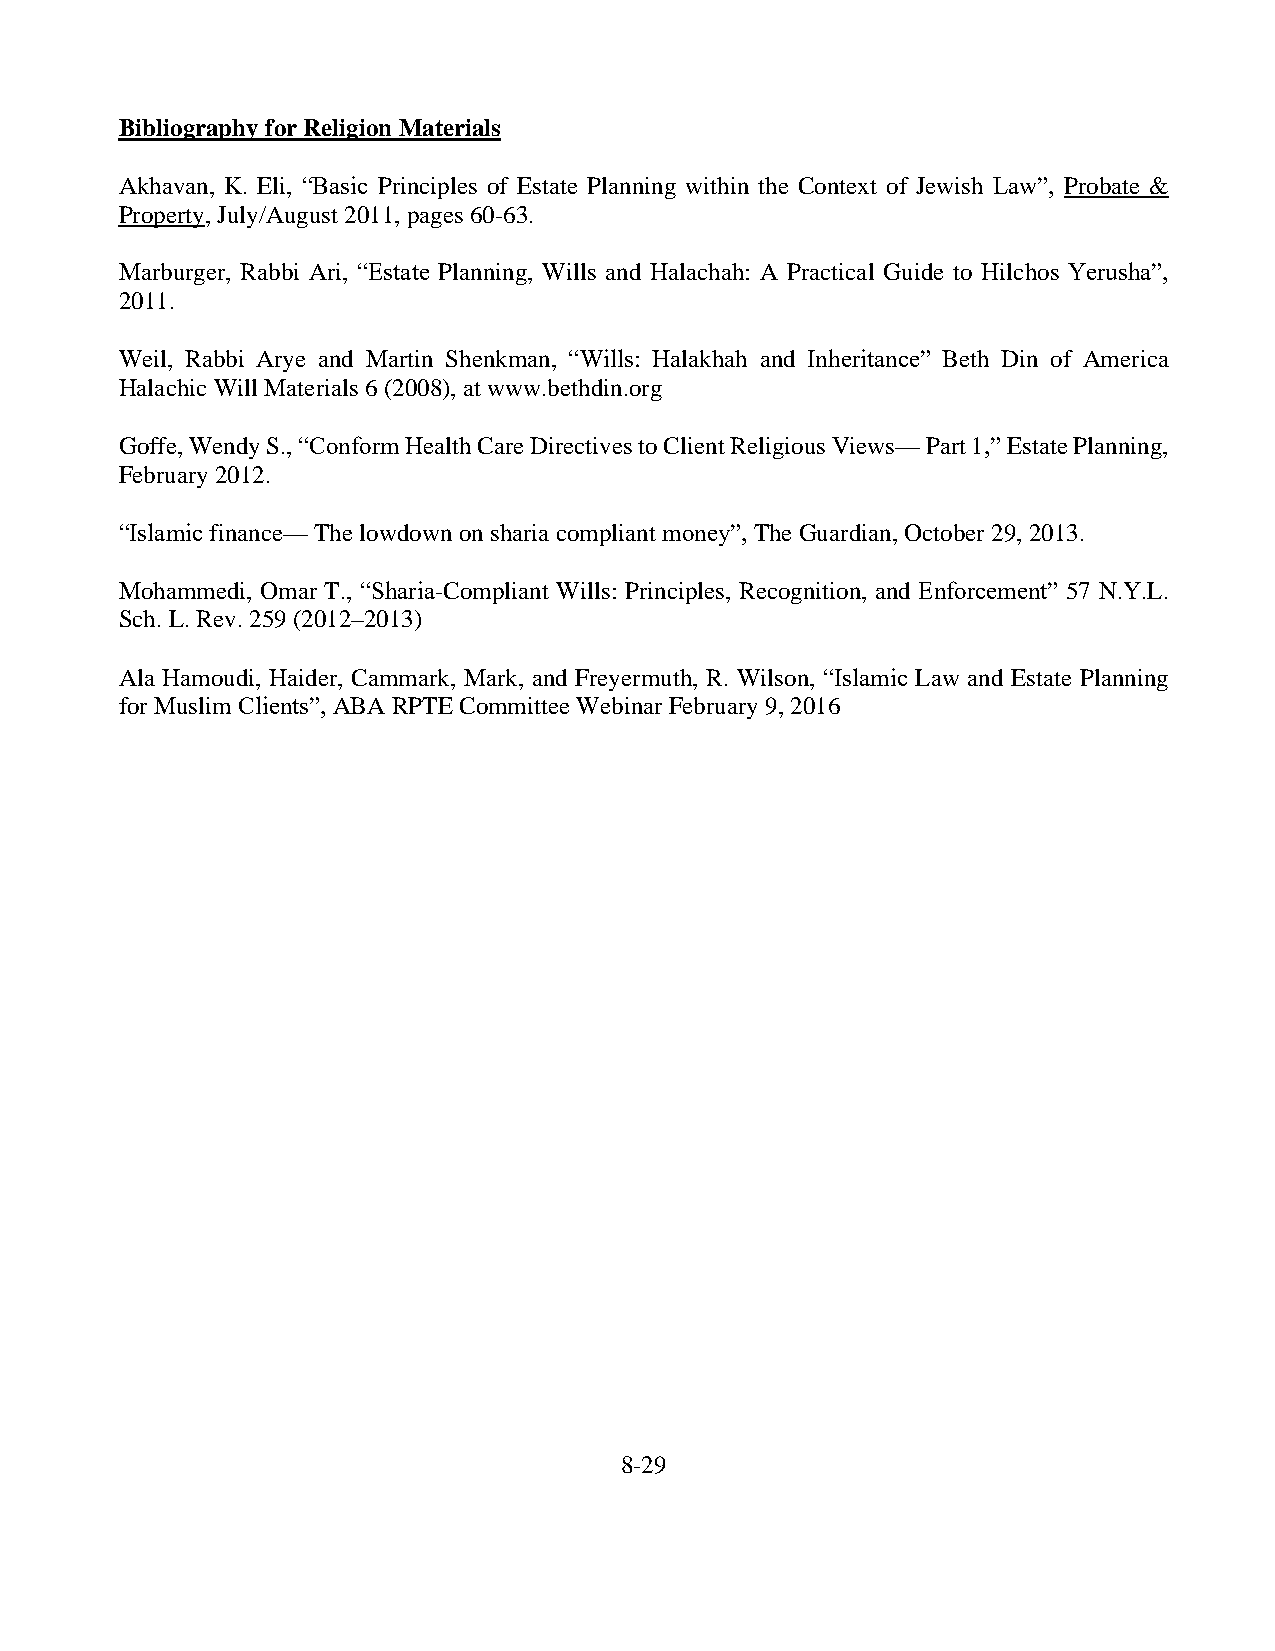
Bibliography for Religion Materials
 Akhavan, K. Eli, “Basic Principles of Estate Planning within the Context of Jewish Law”, Probate &
 Property, July/August 2011, pages 60-63.
 Marburger, Rabbi Ari, “Estate Planning, Wills and Halachah: A Practical Guide to Hilchos Yerusha”,
 2011.
 Weil, Rabbi Arye and Martin Shenkman, “Wills: Halakhah and Inheritance” Beth Din of America
 Halachic Will Materials 6 (2008), at www.bethdin.org
 Goffe, Wendy S., “Conform Health Care Directives to Client Religious Views— Part 1,” Estate Planning,
 February 2012.
 “Islamic finance— The lowdown on sharia compliant money”, The Guardian, October 29, 2013.
 Mohammedi, Omar T., “Sharia-Compliant Wills: Principles, Recognition, and Enforcement” 57 N.Y.L.
 Sch. L. Rev. 259 (2012–2013)
 Ala Hamoudi, Haider, Cammark, Mark, and Freyermuth, R. Wilson, “Islamic Law and Estate Planning
 for Muslim Clients”, ABA RPTE Committee Webinar February 9, 2016
 8-29